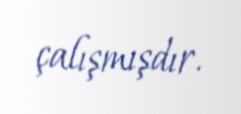
çalışmışdır.